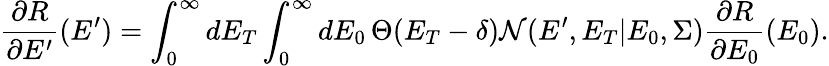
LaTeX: {\frac{\partial R}{\partial E^{\prime}}(E^{\prime})}=\int_{0}^{\infty}\mathop{dE_{T}}\int_{0}^{\infty}\mathop{dE_{0}}\Theta(E_{T}-\delta)\mathcal{N}(E^{\prime},E_{T}|E_{0},\Sigma)\frac{\partial R}{\partial E_{0}}(E_{0}).